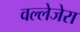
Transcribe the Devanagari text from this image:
वल्लेजेरा